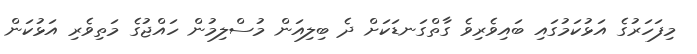
މިފަހަރުގެ އަޅުކަމުގައި ބައިވެރިވެ ގާތްގަނޑަކަށް ދެ ބިލިއަން މުސްލިމުން ހައްޖުގެ މަތިވެރި އަޅުކަން